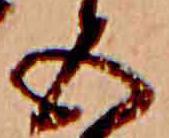
五